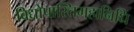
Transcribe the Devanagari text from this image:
विद्योपास्तिमहानिधि